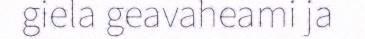
giela geavaheami ja